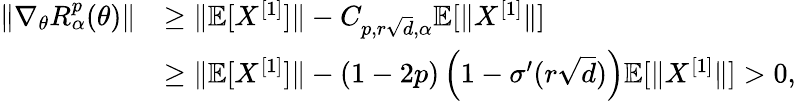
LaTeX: \begin{array}{rl}{\| \nabla_{\theta}R_{\alpha}^{p}(\theta)\| }&{\geq\| \mathbb{E}[X^{[1]}]\| -C_{p,r\sqrt{d},\alpha}\mathbb{E}[\| X^{[1]}\| ]}\\ &{\geq\| \mathbb{E}[X^{[1]}]\| -(1-2p)\left(1-\sigma^{\prime}(r\sqrt{d})\right)\mathbb{E}[\| X^{[1]}\| ]>0,}\end{array}